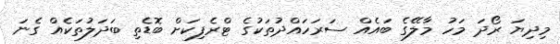
މިދިޔަ ރޯދަ މަހު މާލޭގެ ބައެއް ސަރަހައްދުތަކުގެ ޓްރެފިކަށް ބޮޑެތި ބަދަލުތަކެއް ގެނަ